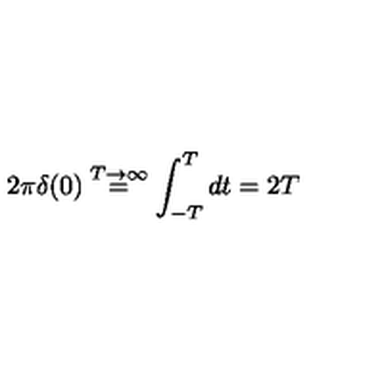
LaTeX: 2 \pi \delta ( 0 ) \stackrel { T \rightarrow \infty } { = } \int _ { - T } ^ { T } d t = 2 T